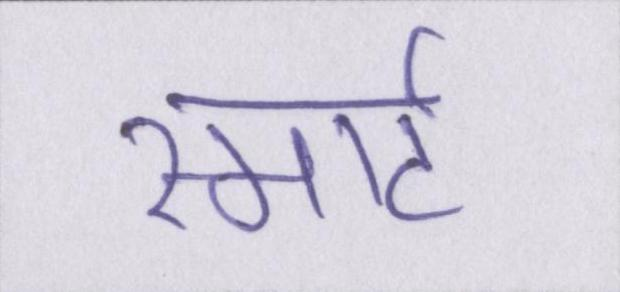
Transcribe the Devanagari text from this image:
स्मार्ट